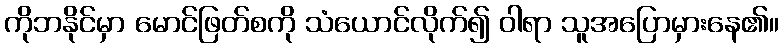
ကိုဘနိုင်မှာ မောင်ဖြတ်စကို သံယောင်လိုက်၍ ဝါရာ သူအပြောမှားနေ၏။